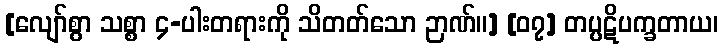
[လျော်စွာ သစ္စာ ၄-ပါးတရားကို သိတတ်သော ဉာဏ်။] [၀၇] တပ္ပဋိပက္ခတာယ၊